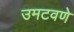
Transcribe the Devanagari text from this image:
उमटवणे